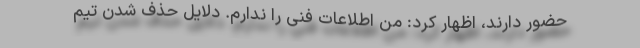
حضور دارند، اظهار کرد: من اطلاعات فنی را ندارم. دلایل حذف شدن تیم